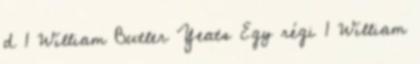
d 1 William Butler Yeats Egy régi 1 William